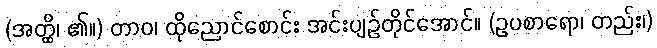
(အတ္ထိ၊ ၏။) တာဝ၊ ထိုညောင်စောင်း အင်းပျဉ်တိုင်အောင်။ (ဥပစာရော၊ တည်း၊)